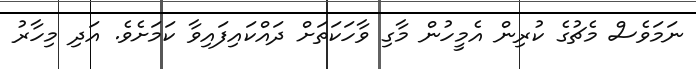
ނަމަވެސް މެޗުގެ ކުރިން އެމީހުން މާގި ވާހަކަތަށް ދައްކައިފައިވާ ކަމަށެވެ. އަދި މިހާރު